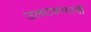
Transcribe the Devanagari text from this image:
उलटवण्याची